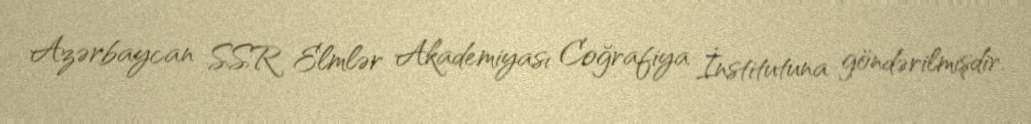
Azərbaycan SSR Elmlər Akademiyası Coğrafiya İnstitutuna göndərilmişdir.